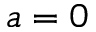
a = 0